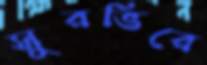
সুরভিরে